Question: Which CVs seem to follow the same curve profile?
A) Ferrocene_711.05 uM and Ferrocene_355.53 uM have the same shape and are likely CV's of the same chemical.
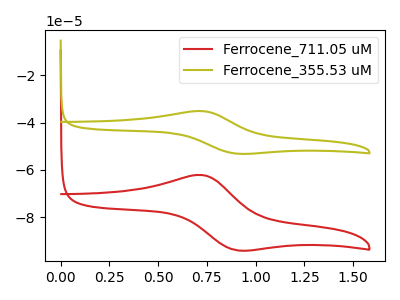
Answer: <think>The red curve "Ferrocene_711.05 uM" has an anodic peak at (0.70V, -62.15uA) and a cathodic peak at (0.90V, -93.95uA). The olive curve "Ferrocene_355.53 uM" has an anodic peak at (0.70V, -35.15uA) and a cathodic peak at (0.90V, -53.10uA).
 All the peaks in "Ferrocene_711.05 uM" have a peak in "Ferrocene_355.53 uM" at the same potential.</think>
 <answer>A) "Ferrocene_711.05 uM" and "Ferrocene_355.53 uM" have the same shape and are likely CV's of the same chemical.</answer>
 <eval>A</eval>